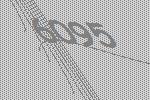
6095